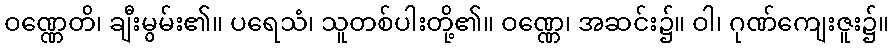
ဝဏ္ဏေတိ၊ ချီးမွမ်း၏။ ပရေသံ၊ သူတစ်ပါးတို့၏။ ဝဏ္ဏေ၊ အဆင်း၌။ ဝါ၊ ဂုဏ်ကျေးဇူး၌။